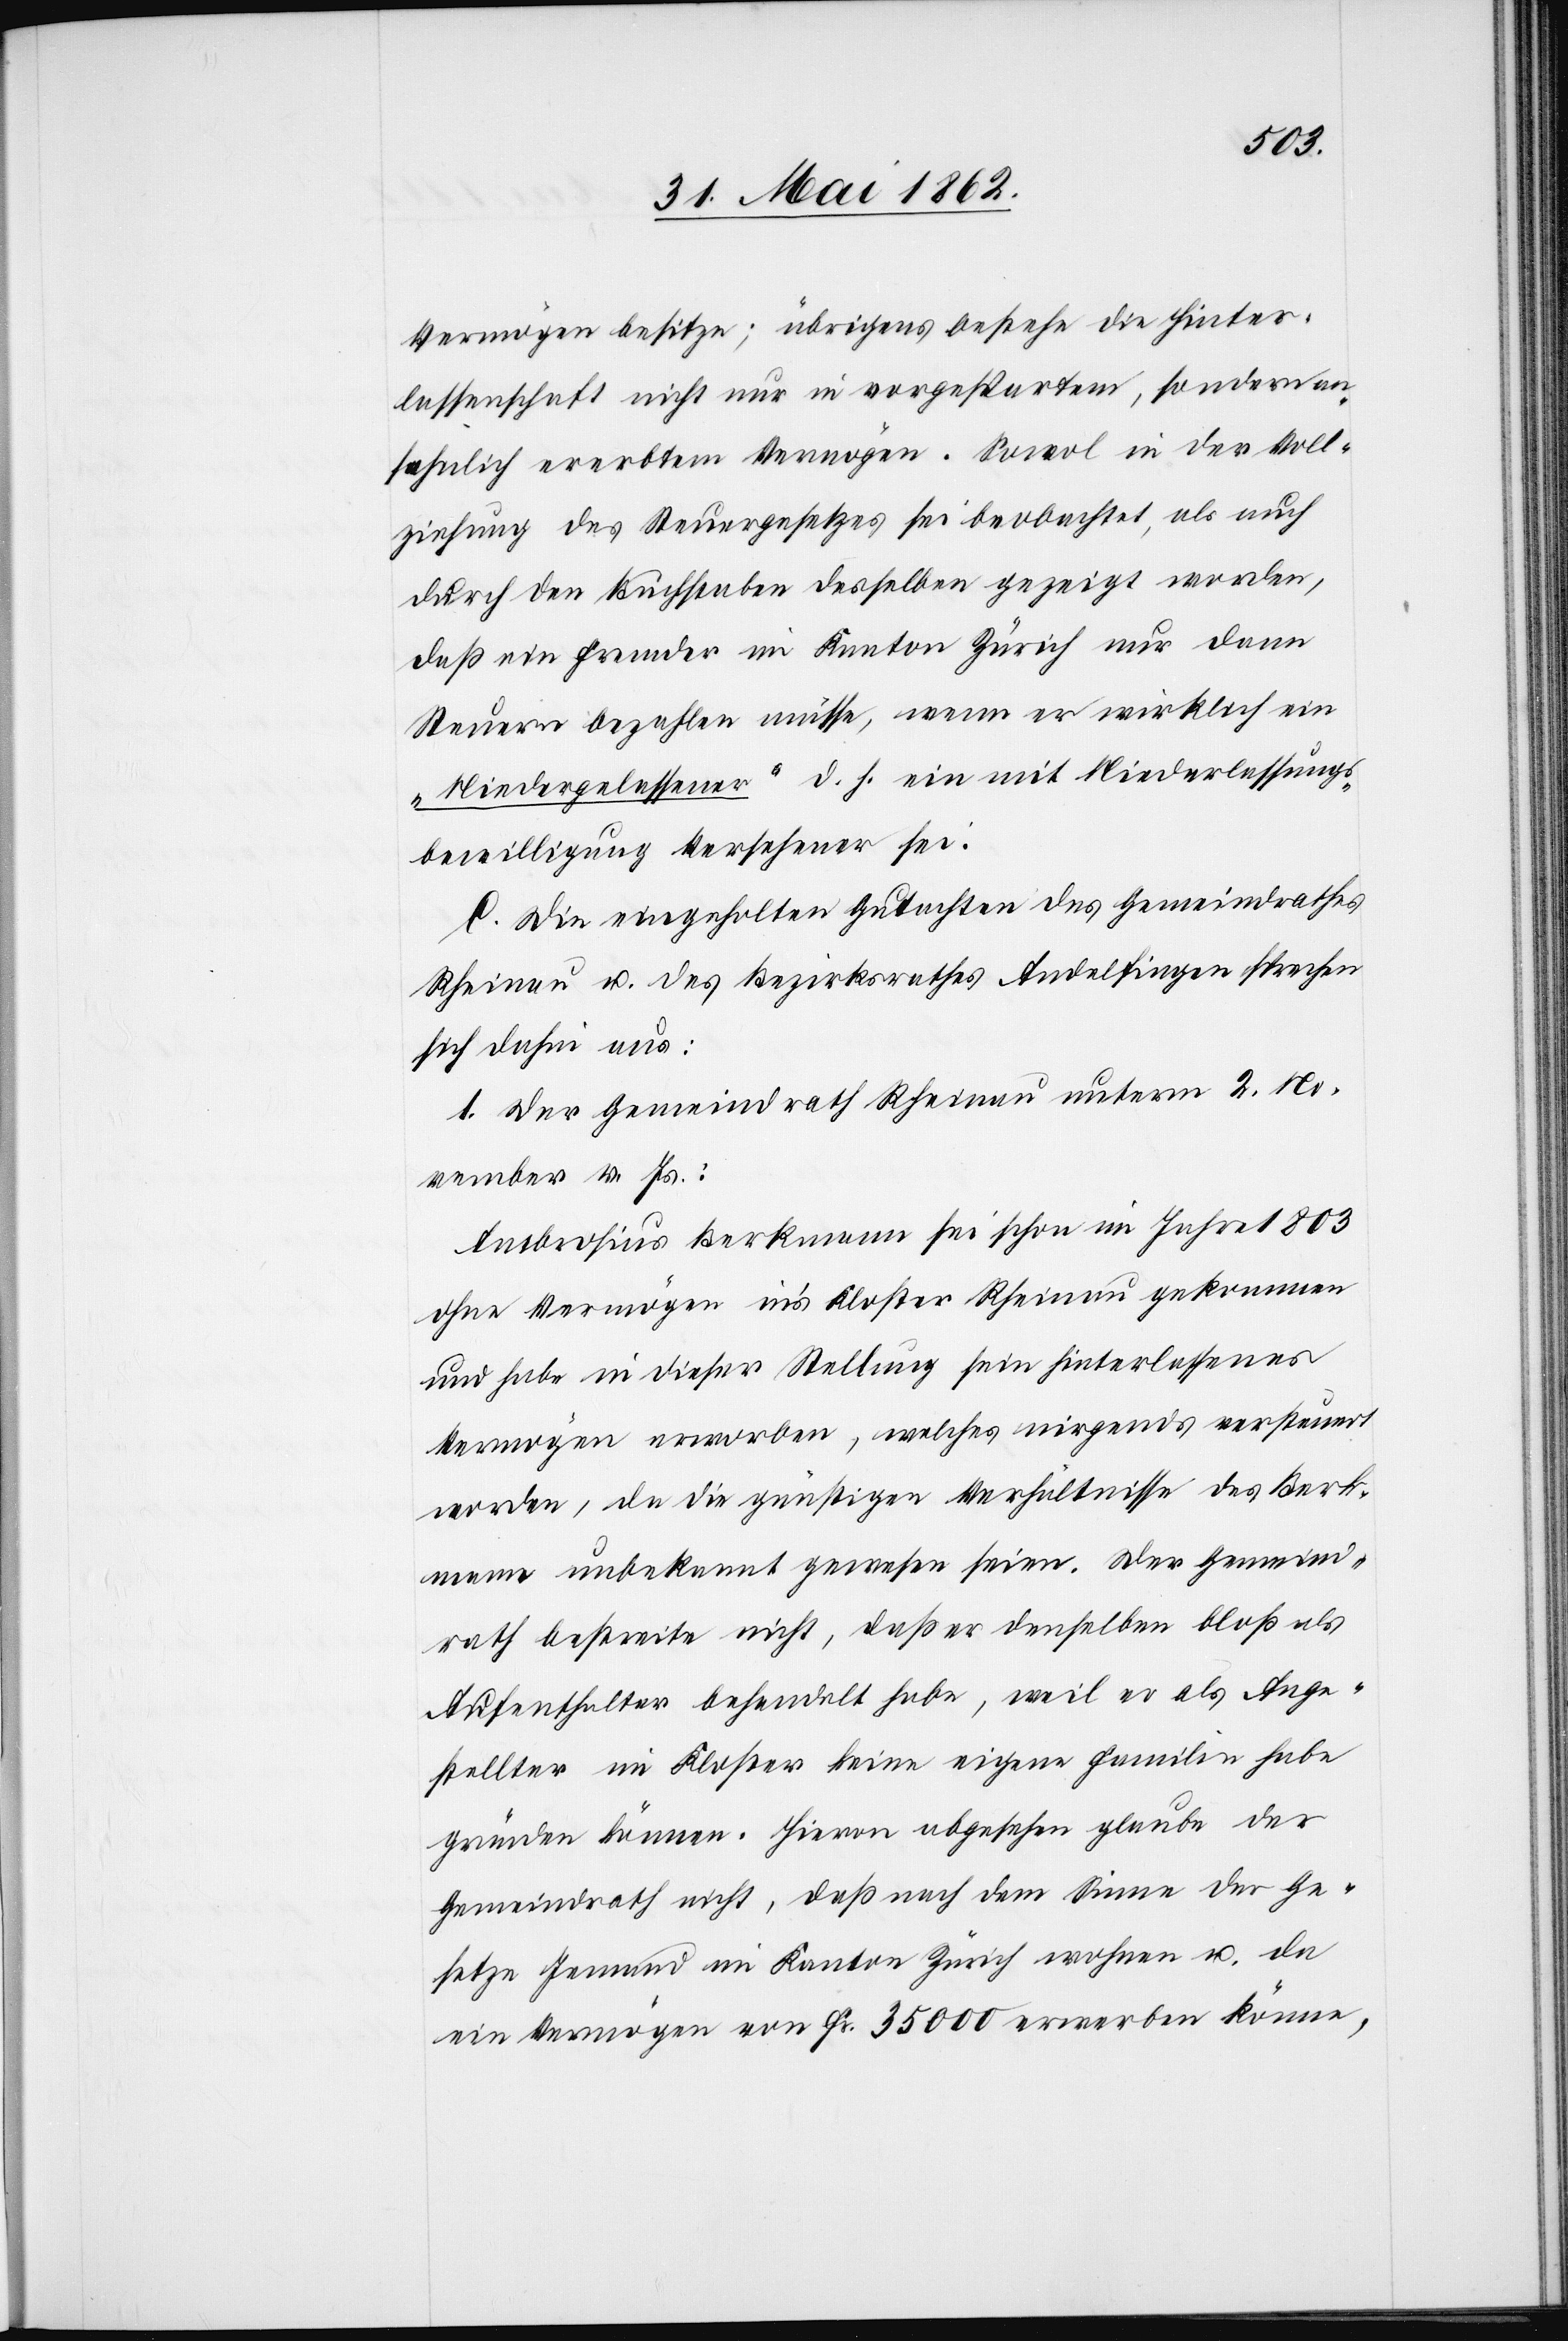
Vermögen besitze; übrigens bestehe die Hinter¬
lassenschaft nicht nur in vorgespartem, sondern an¬
sehnlich ererbtem Vermögen. Sowol in der Voll¬
ziehung des Steuergesetzes sei beobachtet, als auch
durch den Buchstaben desselben gezeigt worden,
daß ein Fremder im Kanton Zürich nur dann
Steuern bezahlen müsse, wenn er wirklich ein
„Niedergelassener“ d. h. ein mit Niederlassungs¬
bewilligung Versehener sei.
C. Die eingeholten Gutachten des Gemeindrathes
Rheinau u. des Bezirksrathes Andelfingen sprechen
sich dahin aus:
1. Der Gemeindrath Rheinau unterm 2. No¬
vember v. Js.:
Ambrosius Berkmann sei schon im Jahre 1803
ohne Vermögen in’s Kloster Rheinau gekommen
und habe in dieser Stellung sein hinterlassenes
Vermögen erworben, welches nirgends versteuert
worden, da die günstigen Verhältnisse des Berk¬
mann unbekannt gewesen seien. Der Gemeind¬
rath bestreite nicht, daß er denselben bloß als
Aufenthalter behandelt habe, weil er als Ange¬
stellter im Kloster keine eigene Familie habe
gründen können. Hievon abgesehen glaube der
Gemeindrath nicht, daß nach dem Sinne der Ge¬
setze Jemand im Kanton Zürich wohnen u. da
ein Vermögen von Fr. 35 000 erwerbe könne,